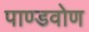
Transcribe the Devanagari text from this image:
पाण्डवोण